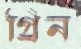
গ্রিন